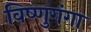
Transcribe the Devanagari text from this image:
विष्णुगंगा